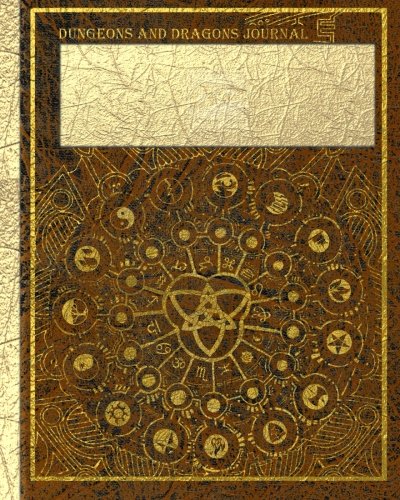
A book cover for Dungeons and Dragons Journal: 100 Pages; Catherine Thrush; Science Fiction & Fantasy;